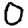
Digit: 0